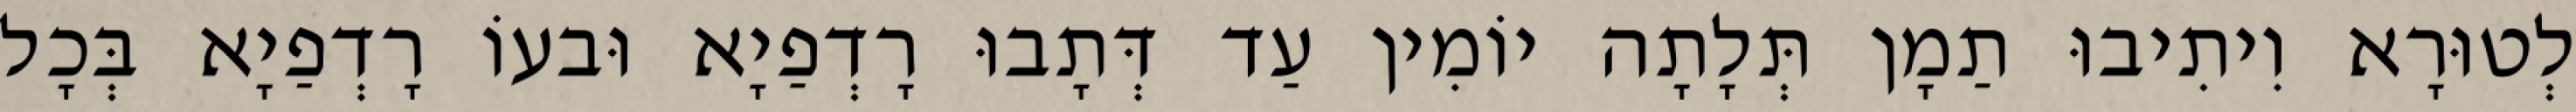
לְטוּרָא וִיתִיבוּ תַמָן תְּלָתָה יוֹמִין עַד דְּתָבוּ רָדְפַיָא וּבעוֹ רָדְפַיָא בְּכָל